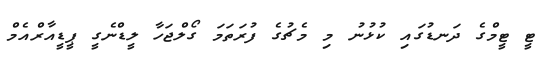
ޓީ ޓީމްގެ ދަނޑުގައި ކުޅުނު މި މެޗުގެ ފުރަތަމަ ގޯލްޖަހާ ލީޑްނެގީ ޕީޑީއާރްއެމް